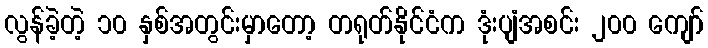
လွန်ခဲ့တဲ့ ၁၀ နှစ်အတွင်းမှာတော့ တရုတ်နိုင်ငံက ဒုံးပျံအစင်း ၂၀၀ ကျော်